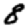
Digit: 8